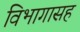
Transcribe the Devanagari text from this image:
विभागासह